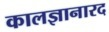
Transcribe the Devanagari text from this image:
कालज्ञानारद